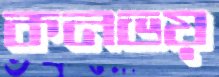
কনভয়